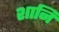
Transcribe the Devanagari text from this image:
शानि